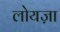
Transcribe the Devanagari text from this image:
लोयज़ा